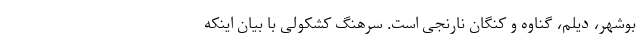
بوشهر، دیلم، گناوه و کنگان نارنجی است. سرهنگ کشکولی با بیان اینکه